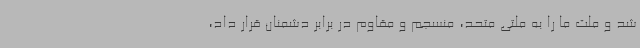
شد و ملت ما را به ملتی متحد، منسجم و مقاوم در برابر دشمنان قرار داد،